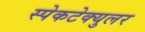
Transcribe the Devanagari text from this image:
स्पेकटेक्युलर